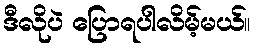
ဒီလိုပဲ ပြောရပါလိမ့်မယ်။